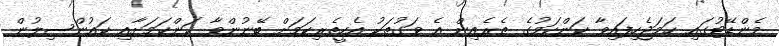
މެންޑޭޓުގައި ހަމަޖެހިފައިވާ ކަންކަމުގެ ތެރެއިން އެ ވަގުތަކު އެހީތެރިކަމަށް ބޭނުންވާ ކަންކަމަށާއި ކައުންސިލުން